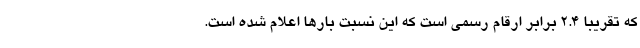
که تقریباً ۲.۴ برابر ارقام رسمی است که این نسبت بارها اعلام شده است.